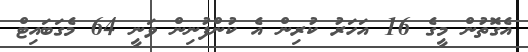
އެގޮތުން މީގެ 16 އަހަރު ކުރިން އެ ކުންފުނިން ވަނީ 64 މެގަބައިޓް